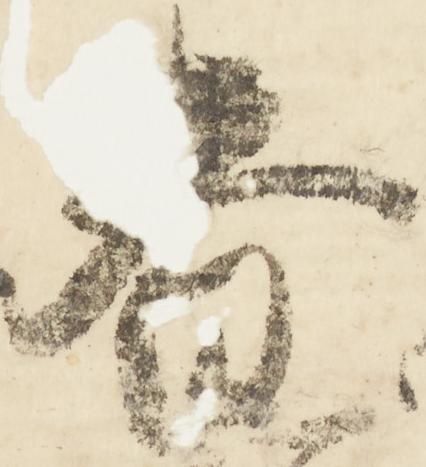
春